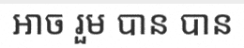
អាច រួម បាន បាន